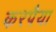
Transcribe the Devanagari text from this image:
करपैया